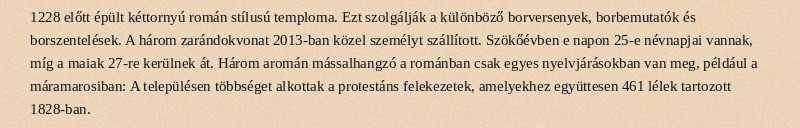
1228 előtt épült kéttornyú román stílusú temploma. Ezt szolgálják a különböző borversenyek, borbemutatók és borszentelések. A három zarándokvonat 2013-ban közel személyt szállított. Szökőévben e napon 25-e névnapjai vannak, míg a maiak 27-re kerülnek át. Három aromán mássalhangzó a románban csak egyes nyelvjárásokban van meg, például a máramarosiban: A településen többséget alkottak a protestáns felekezetek, amelyekhez együttesen 461 lélek tartozott 1828-ban.